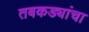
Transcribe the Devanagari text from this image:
तबकड्यांचा